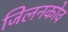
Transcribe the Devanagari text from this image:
जिलनकोव